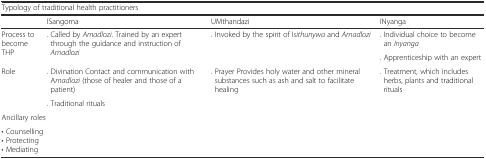
| <COLSPAN=4> Typology of traditional health practitioners |
 |  | ISangoma | UMthandazi | INyanga |
 | --- | --- | --- | --- |
 | <ROWSPAN=2> Process to become THP | <ROWSPAN=2> . Called by Amadlozi. Trained by an expert through the guidance and instruction of Amadlozi | <ROWSPAN=2> . Invoked by the spirit of Isithunywa and Amadlozi | . Individual choice to become an Inyanga |
 | . Apprenticeship with an expert |
 | <ROWSPAN=2> Role | . Divination Contact and communication with Amadlozi (those of healer and those of a patient) | <ROWSPAN=2> . Prayer Provides holy water and other mineral substances such as ash and salt to facilitate healing | <ROWSPAN=2> . Treatment, which includes herbs, plants and traditional rituals |
 | . Traditional rituals |
 | <COLSPAN=4> Ancillary roles |
 | <COLSPAN=4> • Counselling• Protecting• Mediating |